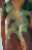
ফৈ